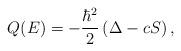
LaTeX: \begin{align*}Q(E)=-\frac{\hbar^{2}}{2}\left(\Delta-cS\right),\end{align*}